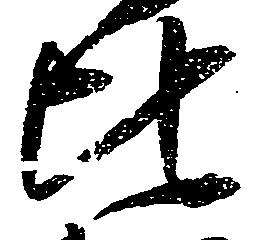
比